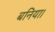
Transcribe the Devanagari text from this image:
बनिया।